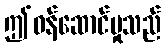
ဤဝန်ဆောင်မှုသည်